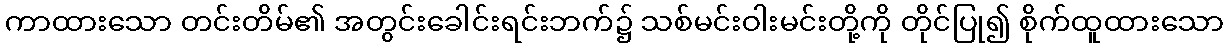
ကာထားသော တင်းတိမ်၏ အတွင်းခေါင်းရင်းဘက်၌ သစ်မင်းဝါးမင်းတို့ကို တိုင်ပြု၍ စိုက်ထူထားသော